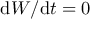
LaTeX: \mathrm { d } W / \mathrm { d } t = 0